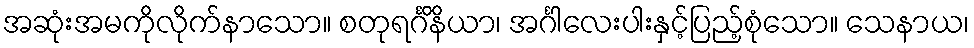
အဆုံးအမကိုလိုက်နာသော။ စတုရင်္ဂိနိယာ၊ အင်္ဂါလေးပါးနှင့်ပြည့်စုံသော။ သေနာယ၊